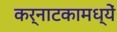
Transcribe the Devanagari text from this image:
कर्नाटकामध्यें